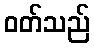
ဝတ်သည်